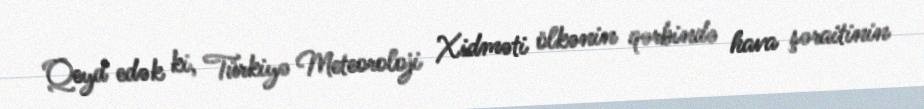
Qeyd edək ki, Türkiyə Meteoroloji Xidməti ölkənin qərbində hava şəraitinin